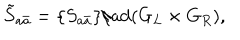
\tilde { S } _ { a \bar { a } } = \{ S _ { a \bar { a } } \} / \mathrm { a d } ( G _ { L } \times G _ { R } ) ,